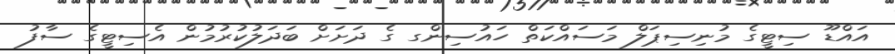
އައްޑޫ ސިޓީގެ މުނިސިޕަލް މަސައްކަތް ހައުސިންގ ގެ ދަށަށް ބަދަލުކުރުމުން އެސިޓީގެ ސާފު